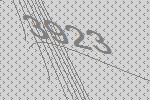
3923